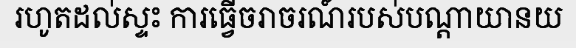
រហូតដល់ស្ទះ ការធ្វើចរាចរណ៍របស់បណ្តាយានយ